Leaving Certificate Examination, 1907
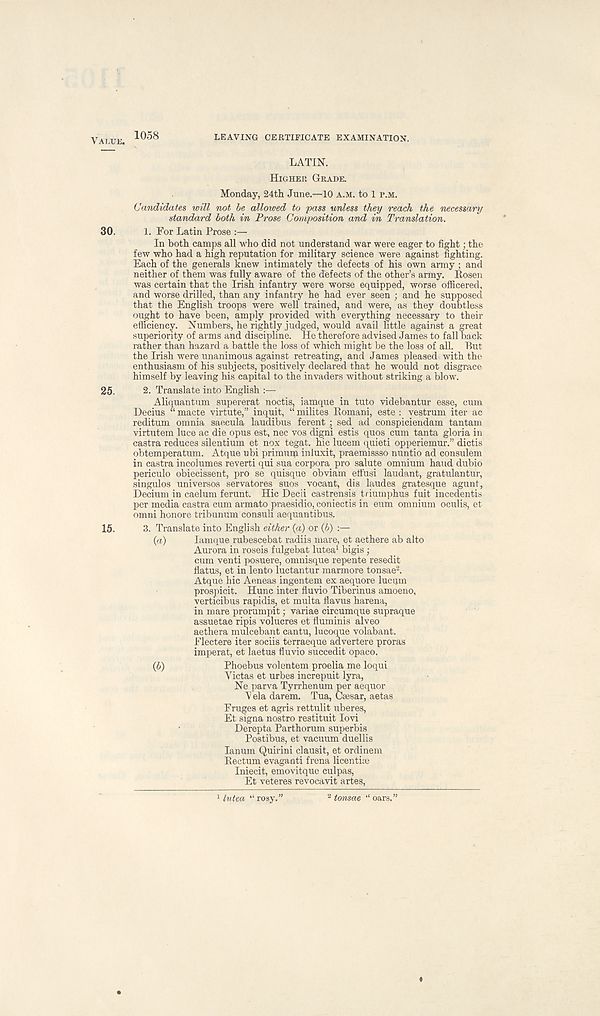
VALUE. 1058
LEAVING CERTIFICATE EXAMINATION.
LATIN.
HIGHER GRADE.
Monday, 24th June.—10 A.M. to 1 P.M.
Candidates will not be allowed to pass unless they reach the necessary
standard both in Prose Composition and in Translation.
30.
1. For Latin Prose :—
In both camps all who did not understand war were eager to fight; the
few who had a high reputation for military science were against fighting.
Each of the generals knew intimately the defects of his own army ; and
neither of them was fully aware of the defects of the other’s army. Eosen
was certain that the Irish infantry were worse equipped, worse officered,
and worse drilled, than any infantry he had ever seen ; and he supposed
that the English troops were well trained, and were, as they doubtless
ought to have been, amply provided with everything necessary to their
efficiency. Numbers, he rightly judged, would avail little against a great
superiority of arms and discipline. He therefore advised James to fall back
rather than hazard a battle the loss of which might be the loss of all. But
the Irish were unanimous against retreating, and James pleased with the
enthusiasm of his subjects, positively declared that he would not disgrace
himself by leaving his capital to the invaders without striking a blow.
25.
2. Translate into English :—
Aliquantum supererat noctis, iamque in tuto videbantur esse, cum
Decius “ macte virtute,” inquit, “ milites Komani, este : vestrum iter ac
reditum omnia saecula laudibus ferent ; sed ad conspiciendam tantam
virtutem luce ac die opus est, nec vos digni estis quos cum tanta gloria in
castra reduces silentium et nox tegat. hie lucem quieti opperiemur.” dictis
obtemperatum. Atque ubi primum inluxit, praemissso nuntio ad consulem
in castra incolumes reverti qui sua corpora pro salute omnium hand dubio
periculo obiecissent, pro se quisque obviam efi'usi laudant, gratulantur,
singulos universes servatores suos vocant, dis laudes gratesque agunt,
Decium in caelum ferunt. Hie Decii castrensis triumphus fuit incedentis
per media castra cum armato praesidio, coniectis in eum omnium oculis, et
omni honore tribunum consuli aequantibus.
15.
3. Translate into English either (a) or (b) :—
(а)
lamque rubescebat radiis mare, et aethere ab alto
Aurora in roseis fulgebat lutea 1 bigis ;
cum venti posuere, omnisque repente resedit
flatus, et in lento luctantur marmore tonsae 2 .
Atque hie Aeneas ingentem ex aequore lucum
prospicit. Hunc inter fluvio Tiberinus amoeno,
verticibus rapidis, et multa flavus harena,
in mare prorumpit; variae circumque supraque
assuetae ripis volucres et fluminis alveo
aethera mulcebant cantu, lucoque volabant.
Flectere iter sociis terraeque advertere proras
imperat, et laetus fluvio succedit opaco.
(б)
Phoebus volentem proelia me loqui
Victas et urbes increpuit lyra,
Ne parva Tyrrhenum per aequor
V ela darem. Tua, Cresar, aetas
Fruges et agris rettulit uberes,
Et signa nostro restituit lovi
Derepta Parthorum superbis
Postibus, et vacuum duellis
lanum Quirini clausit, et ordinem
Eectum evaganti frena licentise
Iniecit, emovitque culpas,
Et veteres revocavit artes,
lutea “rosy.”
tonsae “ oars.”